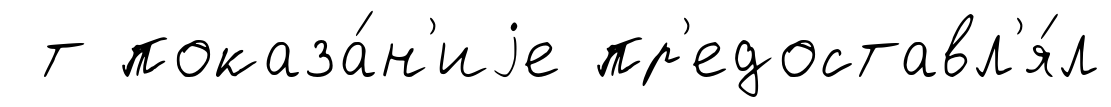
т показа́н'иjе пр'едоставл'я́л